Vaccination in Bombay 1856-1862 - 1856-1862
Year: 1856
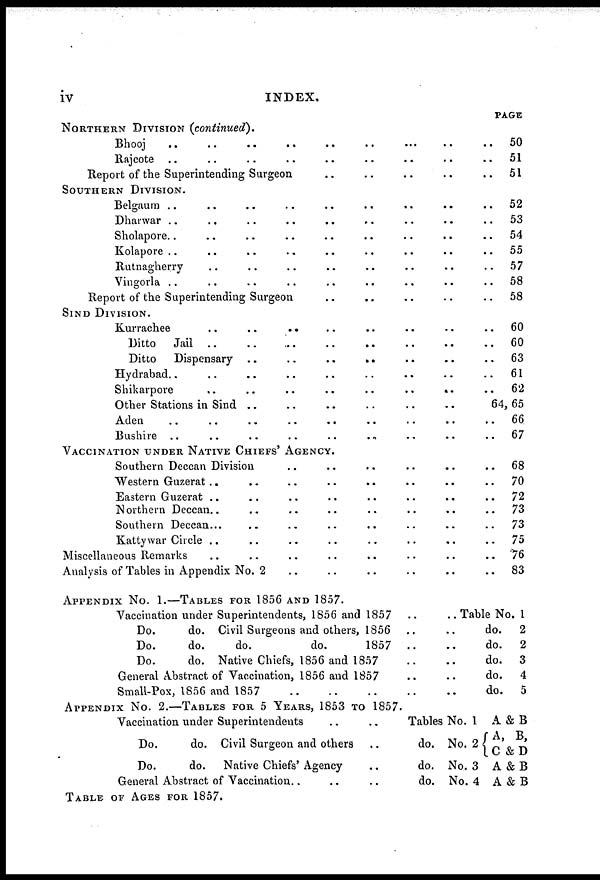
iv
INDEX.
NORTHERN DIVISION (continued).
Bhooj
..
..
..
..
..
..
.. .. ..
Rajcote .. .. .. .. .. .. .. .. ..
Report of the Superintending Surgeon .. .. .. .. ..
SOUTHERN DIVISION.
Belgaum .. .. .. .. .. .. .. .. ..
Dharwar .. .. .. .. .. .. .. .. ..
Sholapore.. .. .. .. .. .. .. ..
Kolapore .. .. .. .. .. .. .. .. ..
Rutnagherry .. .. .. .. .. .. .. ..
Vingorla .. .. .. .. .. .. .. .. ..
Report of the Superintending Surgeon .. .. .. .. ..
SIND DIVISION.
Kurrachee
..
..
.. .. .. .. .. ..
Ditto
Jail .. .. .. .. .. .. .. ..
Ditto
Dispensary ..
..
..
.. .. .. ..
Hydrabad.. .. .. .. .. .. .. .. ..
Shikarpore
..
..
..
..
..
..
.. ..
Other Stations in Sind .. .. .. .. .. ..
Aden .. .. .. .. .. .. .. .. ..
Bushire .. .. .. .. .. .. .. .. ..
VACCINATION UNDER NATIVE CHIEFS' AGENCY.
Southern Deccan Division .. .. .. .. .. ..
Western Guzerat .. .. .. .. .. .. .. ..
Eastern Guzerat .. .. .. .. .. .. .. ..
Northern Deccan.. .. .. .. .. .. .. ..
Southern Deccan.. .. .. .. .. .. .. ..
Kattywar Circle .. .. .. .. .. .. .. ..
Miscellaneous Remarks .. .. .. .. .. .. .. ..
Analysis of Tables in Appendix No. 2 .. .. .. .. .. ..
PAGE
50
51
51
52
53
54
55
57
58
58
60
60
63
61
62
64,65
66
67
68
70
72
73
73
75
76
83
APPENDIC No. 1.—TABLES FOR 1856 AND 1857.
Vaccination under Superintendents, 1856 and 1857 .. ..
Do.
do. Civil Surgeons and others, 1856 .. ..
Do.
do.
do.
do.
1857 .. ..
Do.
do. Native Chiefs, 1856 and 1857 .. ..
General Abstract of Vaccination, 1856 and 1857 .. ..
Small-Pox, 1856 and 1857
..
..
..
..
..
Table No. 1
do.
2
do.
2
do.
3
do.
4
do.
5
APPENDIX No. 2.—TABLES FOR 5 YEARS, 1853 TO 1857.
Vaccination under Superintendents .. ..
Do.
do. Civil Surgeon and others ..
Do.
do. Native Chiefs' Agency ..
General Abstract of Vaccination.. .. ..
Tables No. 1
do. No. 2
do. No. 3
do. No. 4
A&B
A, B,
C &D
A&B
A&B
TABLE OF AGES FOR 1857.